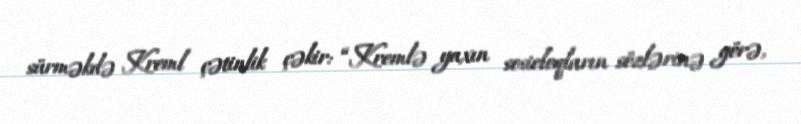
sürməkdə Kreml çətinlik çəkir: “Kremlə yaxın sosioloqların sözlərinə görə,